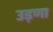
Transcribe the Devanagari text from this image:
उड़णा